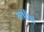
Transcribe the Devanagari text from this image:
कधीचं